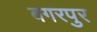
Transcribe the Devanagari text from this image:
बगरपुर